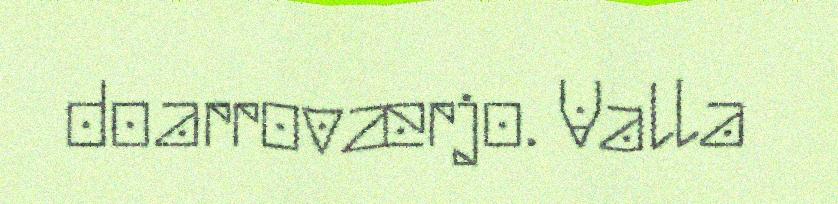
doarroværjo. Valla